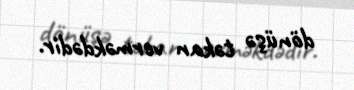
dönüşə təkan verməkdədir.